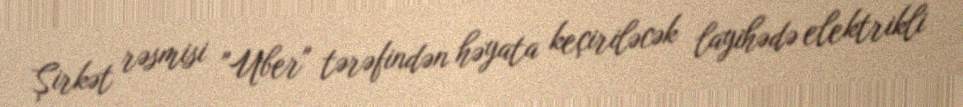
Şirkət rəsmisi "Uber" tərəfindən həyata keçiriləcək layihədə elektrikli